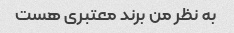
به نظر من برند معتبری هست